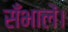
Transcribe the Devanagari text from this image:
सँभालें।